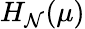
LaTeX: H_{\mathcal{N}}(\mu)